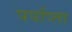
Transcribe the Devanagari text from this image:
पर्याप्ता